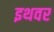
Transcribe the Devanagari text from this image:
इथवर